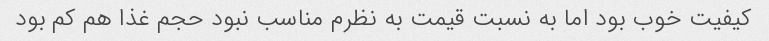
کیفیت خوب بود اما به نسبت قیمت به نظرم مناسب نبود حجم غذا هم کم بود